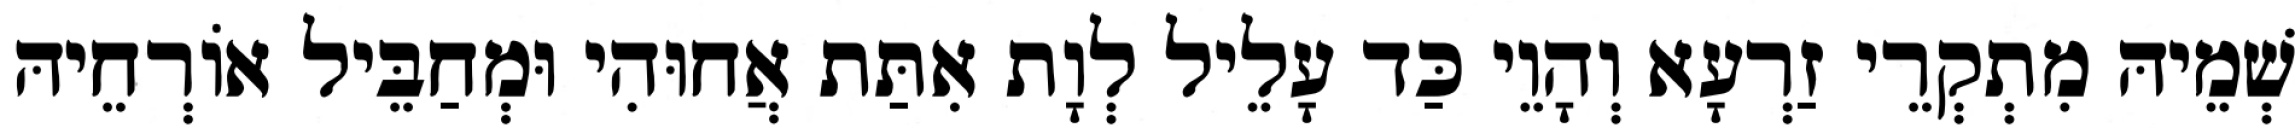
שְׁמֵיהּ מִתְקְרֵי זַרְעָא וְהָוֵי כַּד עָלֵיל לְוָת אִתַּת אֲחוּהִי וּמְחַבֵּיל אוֹרְחֵיהּ